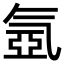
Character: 氬